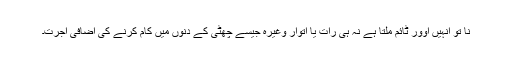
نا تو انہیں اوور ٹائم ملتا ہے نہ ہی رات یا اتوار وغیرہ جیسے چھٹی کے دنوں میں کام کرنے کی اضافی اجرت۔